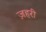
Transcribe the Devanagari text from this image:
ज़हरी